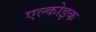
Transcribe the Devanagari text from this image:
एल्कोइक